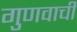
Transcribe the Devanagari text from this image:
गुणवाची